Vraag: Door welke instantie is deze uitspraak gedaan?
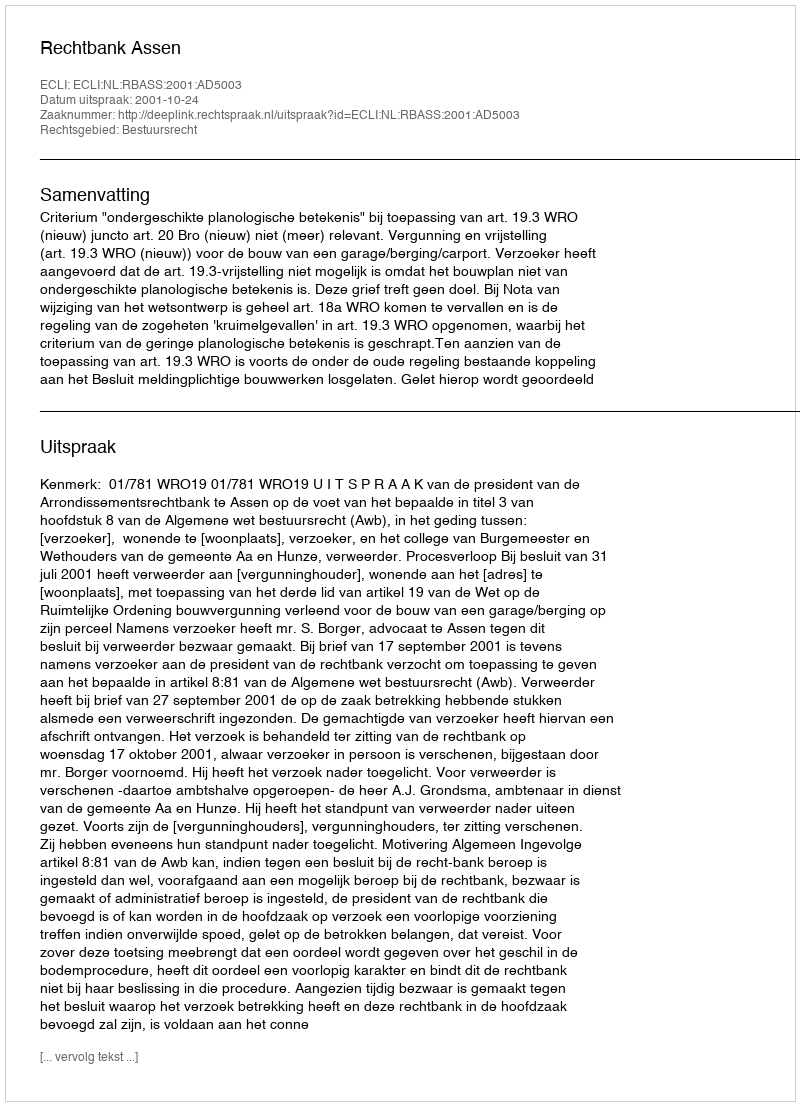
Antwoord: Rechtbank Assen